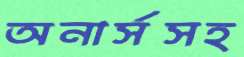
অনার্সসহ